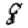
Digit: 8